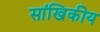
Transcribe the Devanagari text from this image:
सांखिकीय